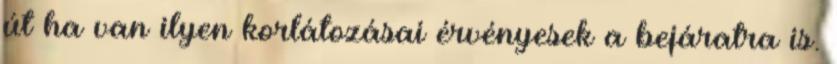
út ha van ilyen korlátozásai érvényesek a bejáratra is.